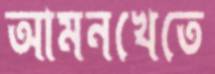
আমনখেতে